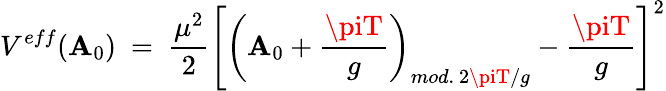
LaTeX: V^{eff}(\mathbf{A}_{0})\ =\ \frac{{\mu^{2}}}{{2}}\left[\left(\mathbf{A}_{0}+\frac{{\piT}}{{g}}\right)_{mod.{}~2\piT/g}-\frac{{\piT}}{{g}}\right]^{2}